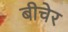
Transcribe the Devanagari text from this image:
बीचेर